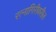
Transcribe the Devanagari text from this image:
रत्नागिरीवरील